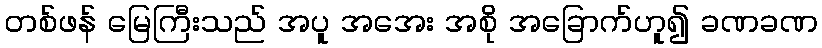
တစ်ဖန် မြေကြီးသည် အပူ အအေး အစို အခြောက်ဟူ၍ ခဏခဏ